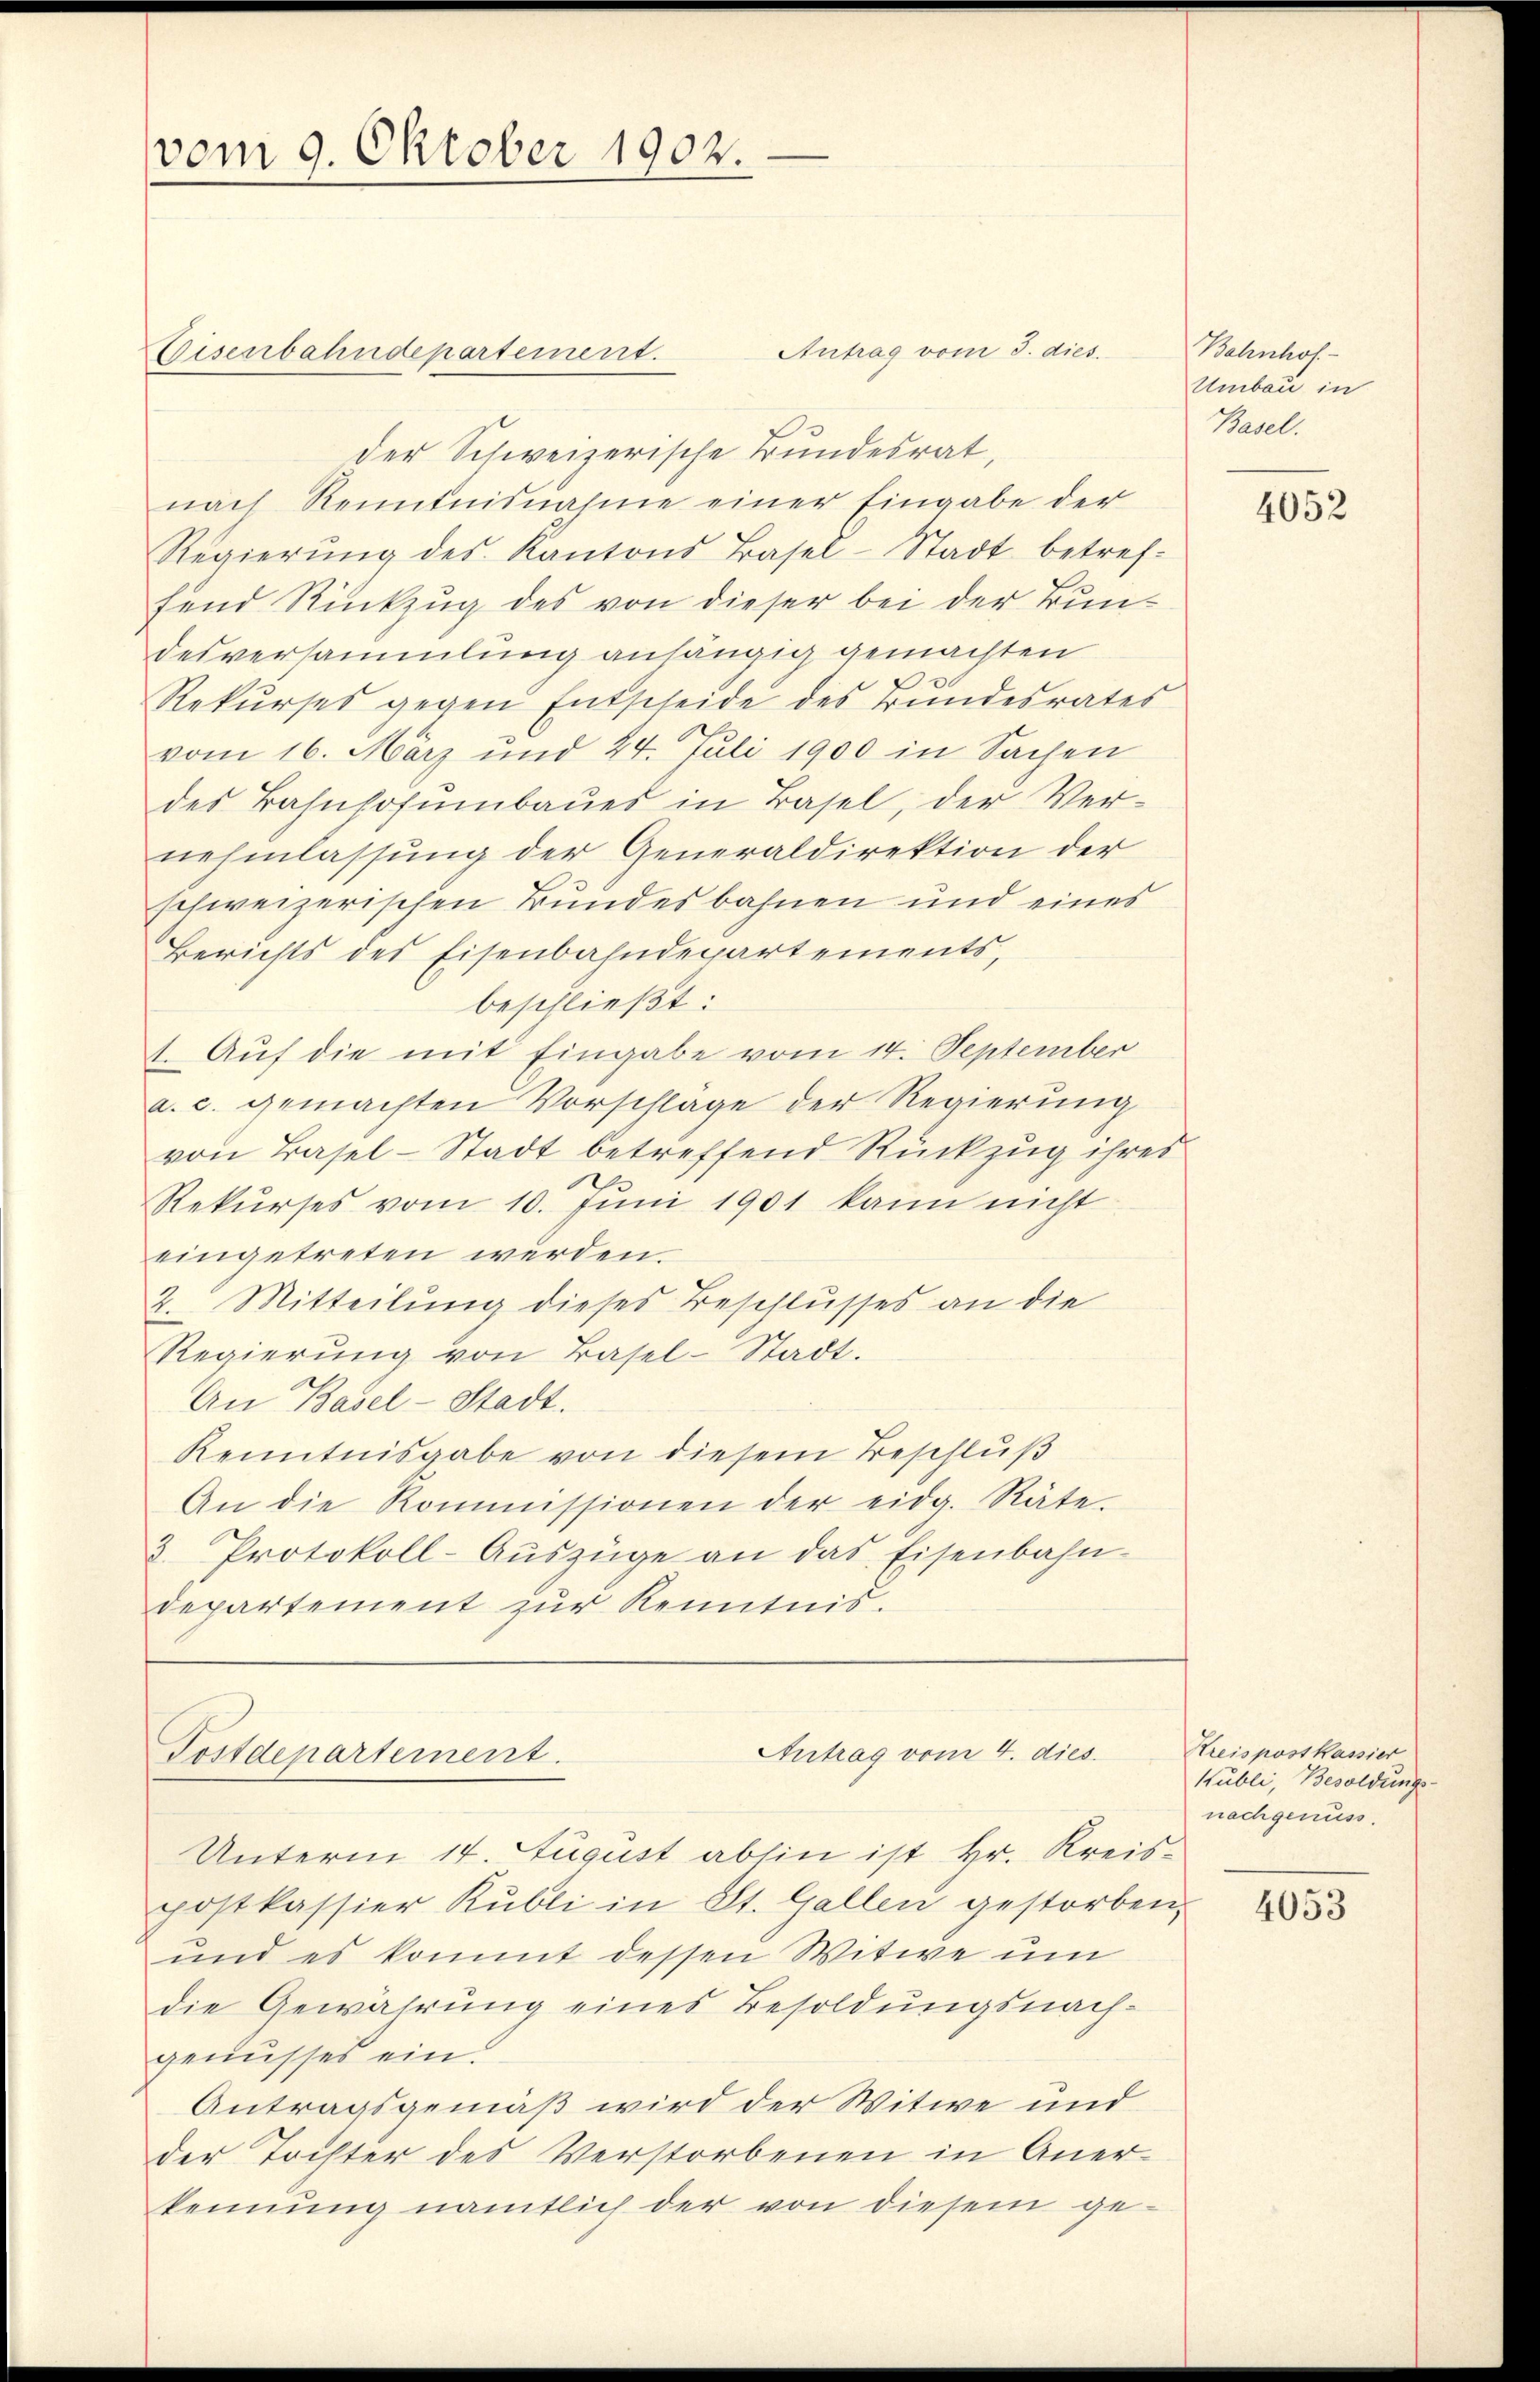
vom 9. Oktober 1902.

Eisenbahndepartement.
der Schweizerische Bundesrat,
nach Renntnisnahme einer Eingabe der
Regierŭng des Kantons Basel-Stadt betref-
fend Rückzug des von dieser bei der Bundesversammlung anhängig gemachten
Rekŭrses gegen Entscheide des Bŭndesrates
vom 16. März und 24. Juli 1900 in Sachen
des Bahnhofumbaues in Basel, der Ver-
nehmlassung der Generaldirektion der
schweizerischen Bundesbahnen und eines
Berichts des Eisenbahndepartements,
beschließt:
1. Auf die mit Eingabe vom 14. September
a. c. gemachten Vorschlage der Regierung
von Basel-Stadt betreffend Rückzug ihres
Rekŭrses vom 10. Jŭni 1901 kann nicht
eingetreten werden.
2. Mitteilung dieses Beschlusses an die
Regierŭng von Basel-Stadt.
An Basel-Stadt.
Kenntnisgabe von diesem Beschluß
An die Kommissionen der eidg. Räte.
3. Protokoll-Aŭszüge an das Eisenbahn-
departement zur Kenntnis.

Unterm 14. August abhin ist Hr. Kreispostkassier Kubli in St. Gallen gestorben,
und es kommt dessen Witwe um
die Gewährung eines Besoldungsnachgenusses ein.
Antragsgemäß wird der Witwe und
der Tochter des Verstorbenen in Anerkennung nämtlich der von diesem ge-

Antrag vom 3. dies.

Antrag vom 4. dies
Postdepartement.

Bahnhof
Umbau in
Basel.

4052

Kreispostkassier
Kubli, Besoldungs
nachgenuss.

4053